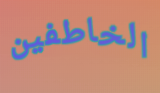
الخاطفين